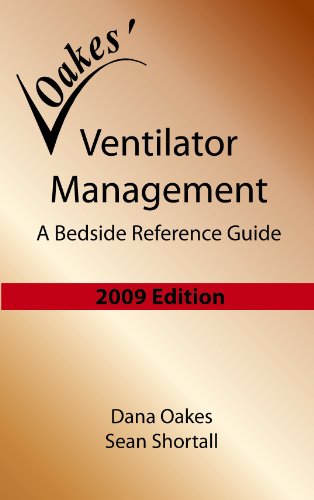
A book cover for Ventilator Management: A Bedside Reference Guide (2009 - 3rd edition); Dana Oakes; Medical Books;